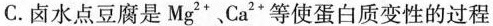
C.卤水点豆腐是Mg^{2+},Ca^{2+}等使蛋白质变性的过程